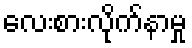
လေးစားလိုက်နာမှု